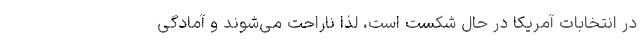
در انتخابات آمریکا در حال شکست است، لذا ناراحت‌ می‌شوند و آمادگی